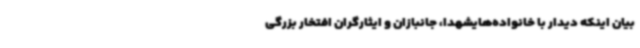
بیان اینکه دیدار با خانواده‌هایشهدا، جانبازان و ایثارگران افتخار بزرگی